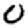
Digit: 0